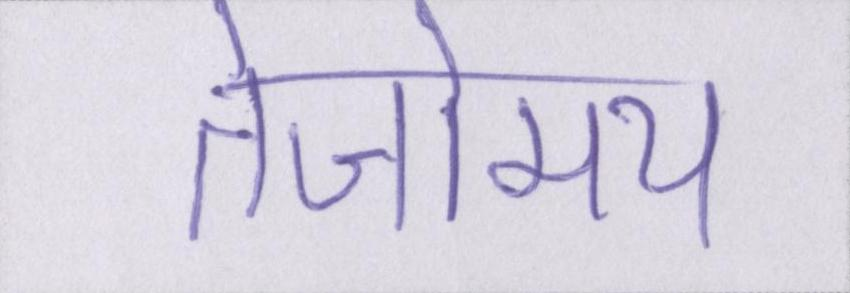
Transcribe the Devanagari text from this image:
तेजोमय